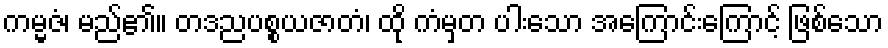
ကမ္မဇံ၊ မည်၏။ တဒညပစ္စယဇာတံ၊ ထို ကံမှတ ပါးသော အကြောင်းကြောင့် ဖြစ်သော